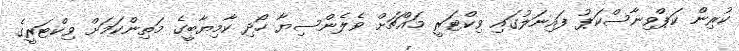
ކުރިން ކަޕްވިނާސްކަޕު ފައިނަލުގައި ވިކްޓަރީ މައްޗަށް ވެލެންސިޔާ ހޯދި ކާމިޔާބީގެ މަތިންކަމަށް ވިކްޓަރީގެ